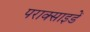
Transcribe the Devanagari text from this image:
पराक्साइडें